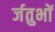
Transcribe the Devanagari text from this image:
र्जतुभों